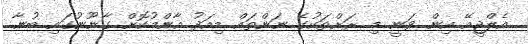
އެލްޖީއޭ އިން ވަނީ މި ރަށްތަކުގެ ނަންތައް މިއަދު އާންމުކޮށް ގާނޫނުގައި ބުނާ